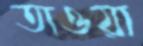
তাওয়া